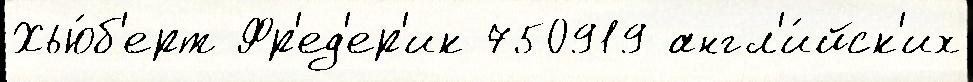
Хью́б'ерт Фр'ед'ер'ик 750919 англ'и́йск'их